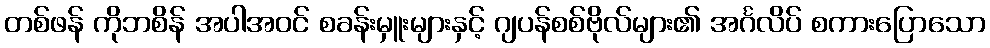
တစ်ဖန် ကိုဘစိန် အပါအဝင် စခန်းမှူးများနှင့် ဂျပန်စစ်ဗိုလ်များ၏ အင်္ဂလိပ် စကားပြောသော